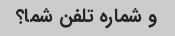
و شماره تلفن شما؟